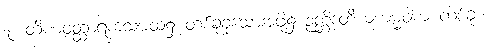
၇။ တိဏဝတ္ထာရကသမထ၌ တစ်ခုခုသောအဖို့၌ ဉတ္တိဒုတိယကမ္မဝါစာ တစ်ခု၊